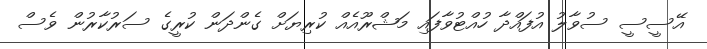
އޭސީސީ ސުވާލު އުފައްދާ ހުއްޓުވާފައި މަޝްރޫއެއް ކުރިޔަށް ގެންދަން ކުރީގެ ސަރުކާރުން ވެސް